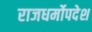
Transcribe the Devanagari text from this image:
राजधर्मोपदेश